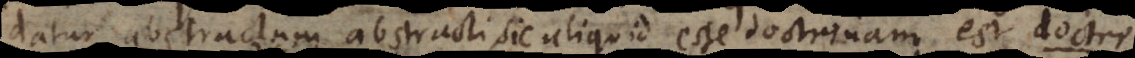
datur abstractum abstracti, sic aliquid esse doctrinam est d